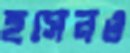
হুসেনও